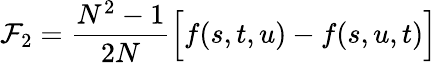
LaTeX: {\cal F}_{2}=\frac{N^{2}-1}{2N}\Big[f(s,t,u)-f(s,u,t)\Big]